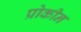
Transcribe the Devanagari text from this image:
प्रोकीन